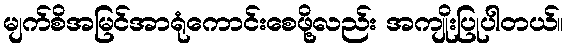
မျက်စိအမြင်အာရုံကောင်းစေဖို့လည်း အကျိုးပြုပါတယ်။